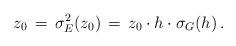
LaTeX: \begin{align*}z_0\,=\, \sigma_E^2(z_0) \,=\,z_0\cdot h\cdot \sigma_G(h)\, .\end{align*}